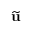
\widetilde { \mathbf { u } }